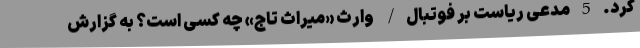
کرد. 5 مدعی ریاست بر فوتبال/ وارث «میراث تاج» چه کسی است؟ به گزارش